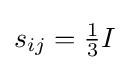
\textstyle s_{ij}={\frac {1}{3}}I